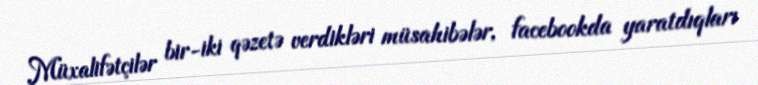
Müxalifətçilər bir-iki qəzetə verdikləri müsahibələr, facebookda yaratdıqları